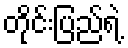
တိုင်းပြည်ရဲ့